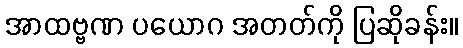
အာထဗ္ဗဏ ပယောဂ အတတ်ကို ပြဆိုခန်း။